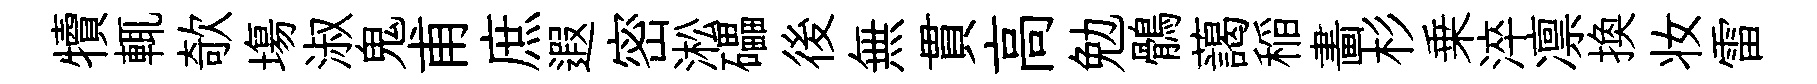
犢輒欹塲淑鬼甫庶遐密淞礧後無貫高勉鶻藹稲畵杉乗淬凛换妆雷